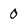
Character: 0